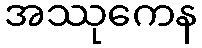
အဿုကေန